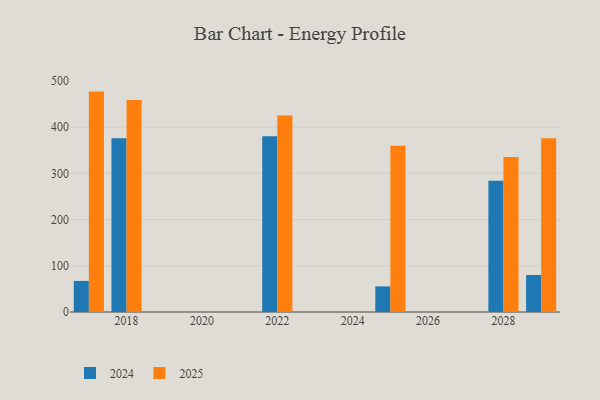
{"axis": {"x": "Year", "y": "Temperature (°C)"}, "legend": ["2024", "2025"], "data": [{"x": "2029", "y": 376.1, "type": "2025"}, {"x": "2029", "y": 80.0, "type": "2024"}, {"x": "2028", "y": 335.4, "type": "2025"}, {"x": "2028", "y": 284.1, "type": "2024"}, {"x": "2022", "y": 425.1, "type": "2025"}, {"x": "2022", "y": 380.4, "type": "2024"}, {"x": "2017", "y": 476.8, "type": "2025"}, {"x": "2017", "y": 67.3, "type": "2024"}, {"x": "2025", "y": 359.9, "type": "2025"}, {"x": "2025", "y": 55.4, "type": "2024"}, {"x": "2018", "y": 458.7, "type": "2025"}, {"x": "2018", "y": 375.9, "type": "2024"}]}